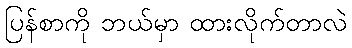
ပြန်စာကို ဘယ်မှာ ထားလိုက်တာလဲ